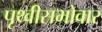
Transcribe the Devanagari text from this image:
पृथ्वीसभोवार